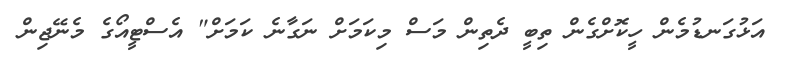
އަޅުގަނޑުމެން ހީކޮށްގެން ތިބީ ދެތިން މަސް މިކަމަށް ނަގާނެ ކަމަށް" އެސްޓީއޯގެ މެނޭޖިން